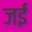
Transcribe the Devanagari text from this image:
जईं